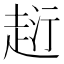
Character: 𧻟